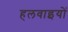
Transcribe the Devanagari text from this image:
हलवाइयों